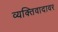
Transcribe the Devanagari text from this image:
व्यक्तिवादावर